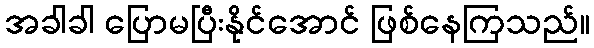
အခါခါ ပြောမပြီးနိုင်အောင် ဖြစ်နေကြသည်။